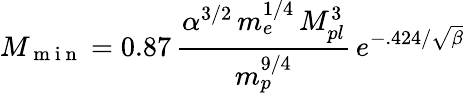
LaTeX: M_{\mathrm{~m~i~n~}}=0.87\, \frac{\alpha^{3/2}\, m_{e}^{1/4}\, M_{pl}^{3}}{m_{p}^{9/4}}\, e^{-.424/\sqrt{\beta}}